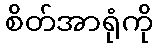
စိတ်အာရုံကို